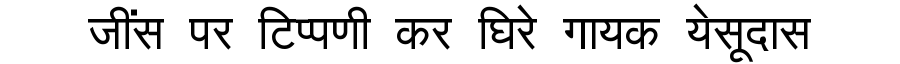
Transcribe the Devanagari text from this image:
जींस पर टिप्पणी कर घिरे गायक येसूदास